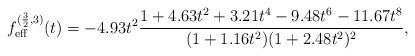
\begin{align*}f_{\mathrm{eff}}^{(\frac{3}{2},3)}(t)=-4.93t^2\frac{1+4.63t^2+3.21t^4-9.48t^6-11.67t^8}{(1+1.16t^2)(1+2.48t^2)^2}, \end{align*}